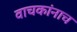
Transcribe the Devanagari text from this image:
वाचकांनाच